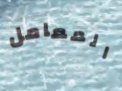
المعامل